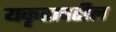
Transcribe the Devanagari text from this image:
यकृतावरील